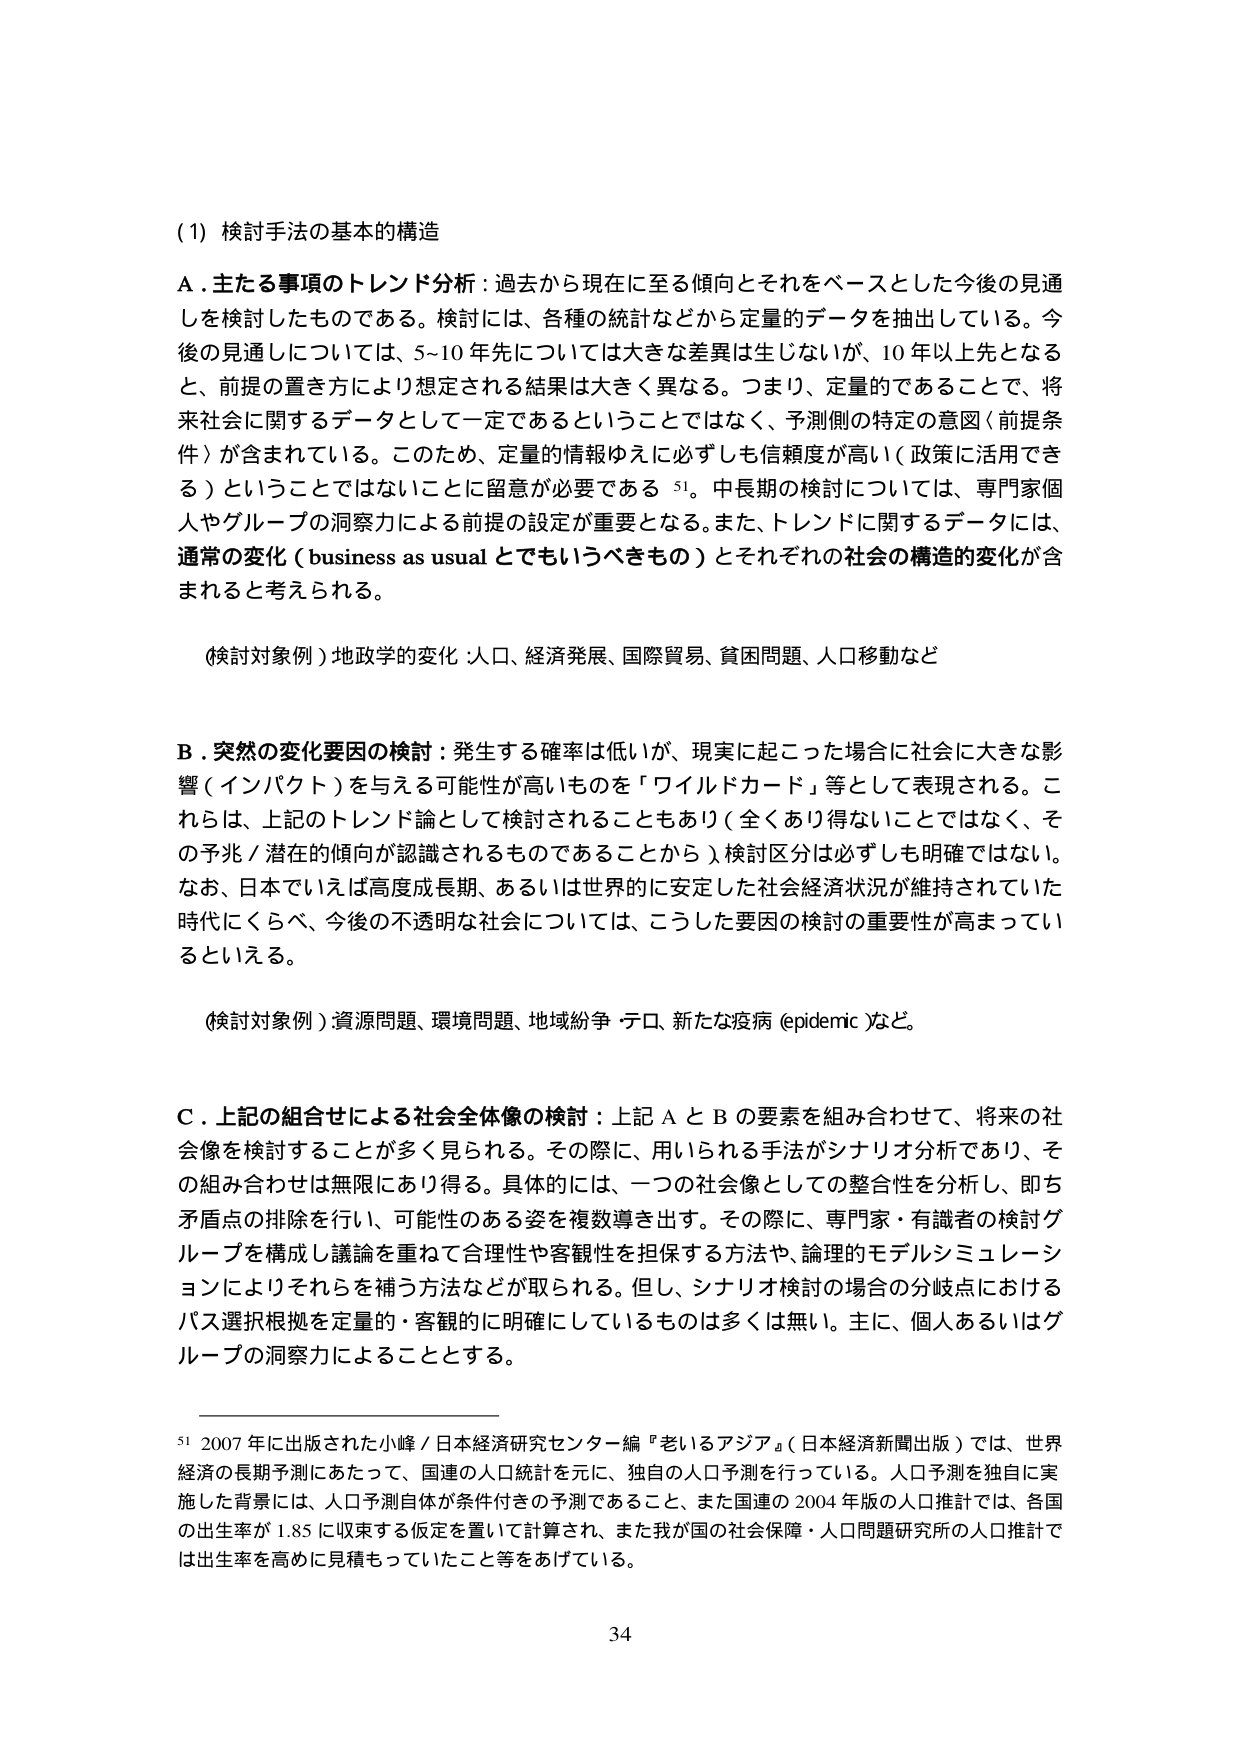
(1) 検討手法の基本的構造

A. 主たる事項のトレンド分析：過去から現在に至る傾向とそれをベースとした今後の見通しを検討したものである。検討には、各種の統計などから定量的データを抽出している。今後の見通しについては、5～10年先については大きな差異は生じないが、10年以上先となると、前提の置き方により想定される結果は大きく異なる。つまり、定量的であること、将来社会に関するデータとして一定であるということではなく、予測側の特定の意図（前提条件）が含まれている。このため、定量的情報ゆえに必ずしも信頼度が高い（政策に活用できる）ということではないことに留意が必要である 51。中長期の検討については、専門家個人やグループの洞察力による前提の設定が重要となる。また、トレンドに関するデータには、通常の変化（business as usual とでもいうべきもの）とそれぞれの社会の構造的変化が含まれると考えられる。

（検討対象例）地政学的変化：人口、経済発展、国際貿易、貧困問題、人口移動など

B. 突然の変化要因の検討：発生する確率は低いが、現実に起こった場合に社会に大きな影響（インパクト）を与える可能性が高いものを「ワイルドカード」等として表現される。これらは、上記のトレンド論として検討されることもあり（全くあり得ないことではなく、その予兆／潜在的傾向が認識されるものであることから）、検討区分は必ずしも明確ではない。なお、日本でいえば高度成長期、あるいは世界的に安定した社会経済状況が維持されていた時代にくらべ、今後の不透明な社会については、こうした要因の検討の重要性が高まっているといえる。

（検討対象例）資源問題、環境問題、地域紛争、テロ、新たな疫病（epidemic）など。

C. 上記の組合せによる社会全体像の検討：上記AとBの要素を組み合わせて、将来の社会像を検討することが多く見られる。その際に、用いられる手法がシナリオ分析であり、その組み合わせは無限にあり得る。具体的には、一つの社会像としての整合性を分析し、即ち矛盾点の排除を行い、可能性のある姿を複数導き出す。その際に、専門家・有識者の検討グループを構成し議論を重ねて合理性や客観性を担保する方法や、論理的モデルシミュレーションによりそれらを補う方法などが取られる。但し、シナリオ検討の場合の分岐点におけるパス選択根拠を定量的・客観的に明確にしているものは多くは無い。主に、個人あるいはグループの洞察力によることとする。

51 2007年に出版された小峰／日本経済研究センター編『老いるアジア』（日本経済新聞出版）では、世界経済の長期予測にあたって、国連の人口統計を元に、独自の人口予測を行っている。人口予測を独自に実施した背景には、人口予測自体が条件付きの予測であること、また国連の2004年版の人口推計では、各国の出生率が1.85に収束する仮定を置いて計算され、また我が国の社会保障・人口問題研究所の人口推計では出生率を高めに見積もっていたこと等をあげている。

34